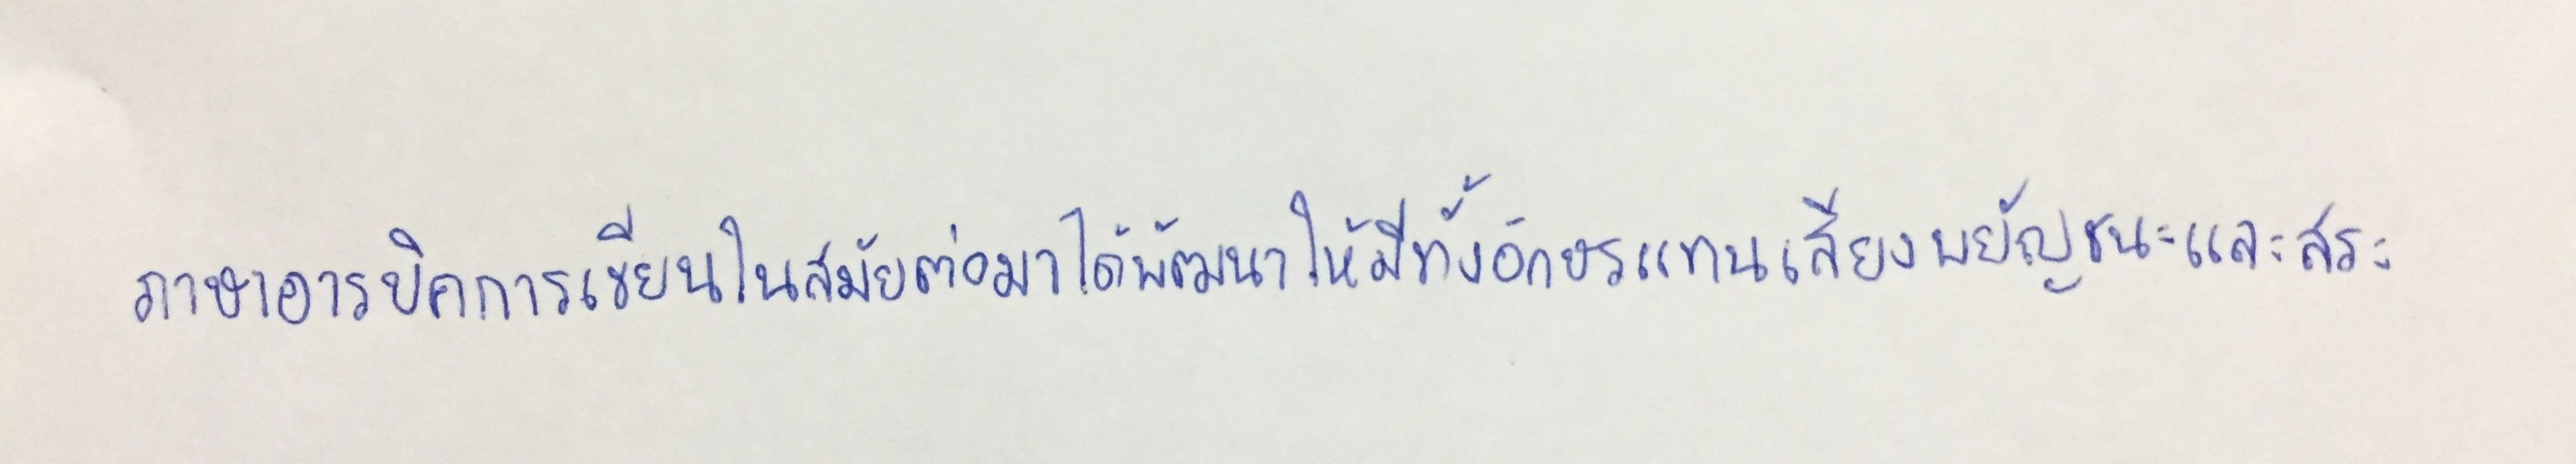
ภาษาอารบิคการเขียนในสมัยต่อมาได้พัฒนาให้มีทั้งอักษรแทนเสียงพยัญชนะและสระ